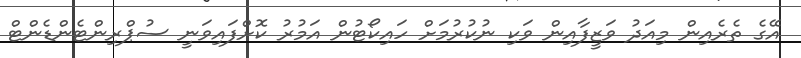
އޭގެ ތެރެއިން މިއަދު ވަޒީފާއިން ވަކި ނުކުރުމަށް ހައިކޯޓުން އަމުރު ކޮށްފައިވަނީ ސުޕްރިންޓެންޑެންޓް